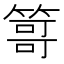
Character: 𥰯